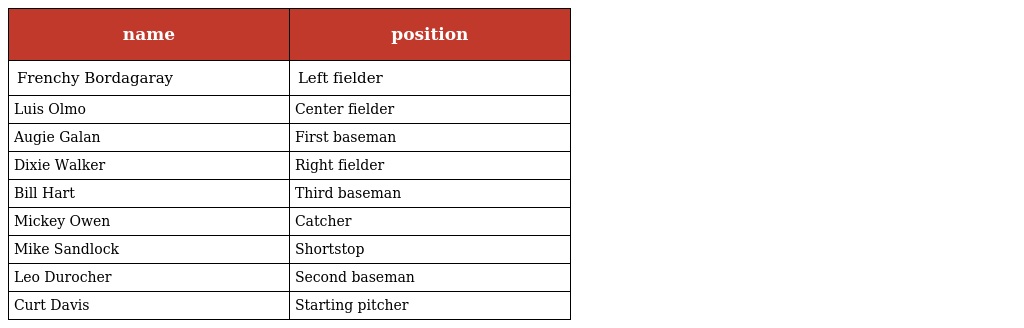
| name | position |
 | --- | --- |
 | Frenchy Bordagaray | Left fielder |
 | Luis Olmo | Center fielder |
 | Augie Galan | First baseman |
 | Dixie Walker | Right fielder |
 | Bill Hart | Third baseman |
 | Mickey Owen | Catcher |
 | Mike Sandlock | Shortstop |
 | Leo Durocher | Second baseman |
 | Curt Davis | Starting pitcher |